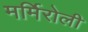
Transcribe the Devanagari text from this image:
मर्मिरोली